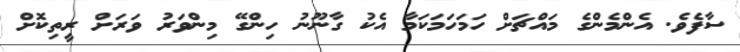
ސާފެވެ. އެންމެންގެ މައްޗަށް ހަމަހަމަކަމާ އެކު ގާނޫނު ހިންގޭ މިންވަރު ވަރަށް ރީތިކޮށް